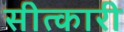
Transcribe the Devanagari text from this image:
सीत्कारी